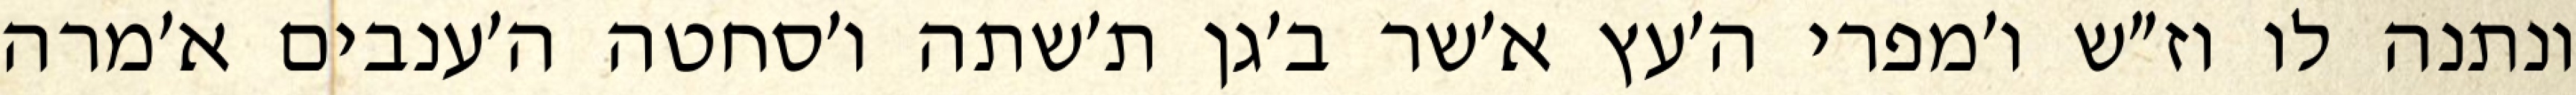
ונתנה לו וז״ש ו׳מפרי ה׳עץ א׳שר ב׳גן ת׳שתה ו׳סחטה ה׳ענבים א׳מרה